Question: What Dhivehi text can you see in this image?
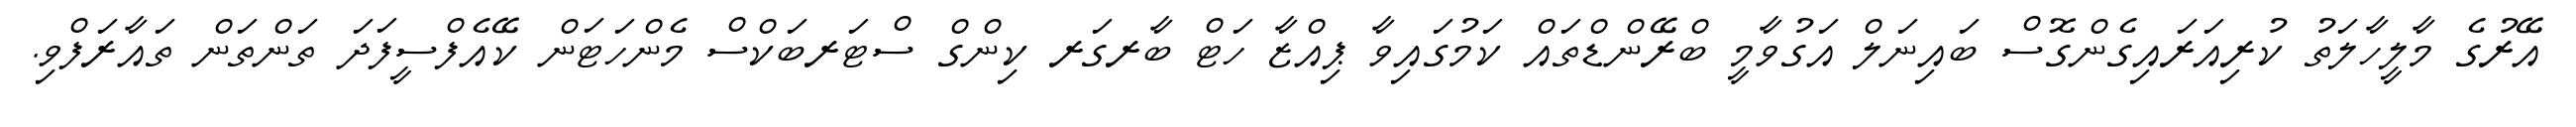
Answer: އޭރުގެ މާލީހާލަތު ކުރިއަރައިގެންގޮސް ބައިނަލް އަގުވާމީ ބްރޭންޑްތައް ކަމުގައިވާ ޕިއްޒާ ހަޓް ބާރގަރ ކިންގް ސްޓަރބަކްސް މެންހަޓަން ކޭއެފްސީފަދަ ތަންތަން ތައާރަފްވި.